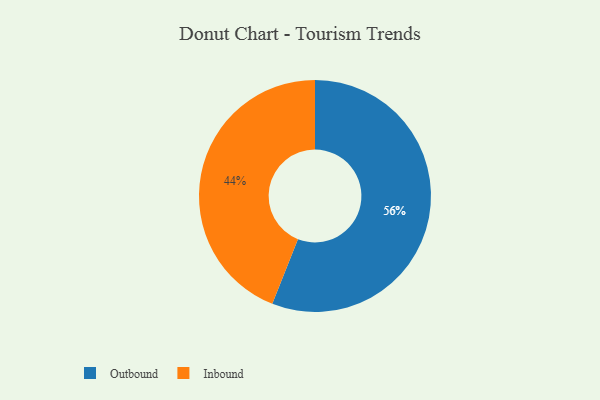
{"axis": {"x": "Category", "y": "Percentage"}, "legend": ["Inbound", "Outbound"], "data": [{"x": "Outbound", "y": 56, "type": "Outbound"}, {"x": "Inbound", "y": 44, "type": "Inbound"}]}